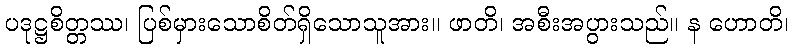
ပဒုဋ္ဌစိတ္တဿ၊ ပြစ်မှားသောစိတ်ရှိသောသူအား။ ဖာတိ၊ အစီးအပွားသည်။ န ဟောတိ၊